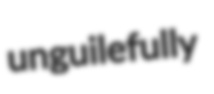
unguilefully